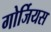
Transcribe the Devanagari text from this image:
गोर्जियस